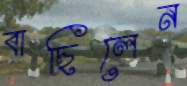
বাছিলেন